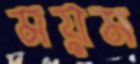
ময়ম